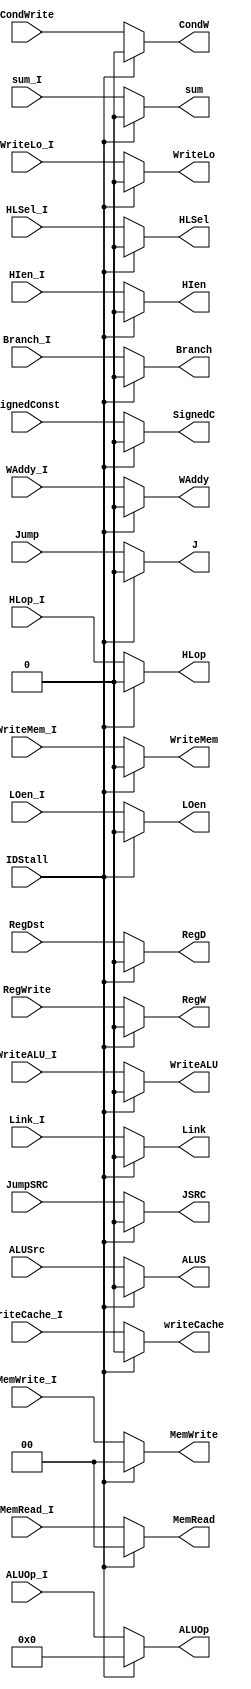
`timescale 1ns / 1ps
//////////////////////////////////////////////////////////////////////////////////
//////////////////////////////////////////////////////////////////////////////////

module StallingMux(IDStall, RegWrite, CondWrite, SignedConst, RegDst, Link_I, ALUSrc, ALUOp_I, JumpSRC, Jump, Branch_I, MemWrite_I, MemRead_I, HLop_I
                    , HLSel_I, WAddy_I, WriteLo_I, WriteMem_I, WriteALU_I, LOen_I, HIen_I, writeCache_I, sum_I
                    , RegW, CondW, SignedC, RegD, Link, ALUS, ALUOp, JSRC, J, Branch, MemWrite, MemRead, HLop, HLSel, WAddy, WriteLo, WriteMem
                    , WriteALU, LOen, HIen, writeCache, sum);
                    
    input IDStall, RegWrite, CondWrite, SignedConst, RegDst, Link_I, ALUSrc, JumpSRC, Jump, Branch_I, HLop_I, HLSel_I, WAddy_I, WriteLo_I, WriteMem_I
                  , WriteALU_I, LOen_I, HIen_I, writeCache_I, sum_I;
    input [1:0] MemWrite_I, MemRead_I;
    input [5:0] ALUOp_I;
    
    output reg RegW, CondW, SignedC, RegD, Link, ALUS, JSRC, J, Branch, HLop, HLSel, WAddy, WriteLo, WriteMem, WriteALU, LOen, HIen, writeCache, sum;
    output reg [1:0] MemWrite, MemRead;
    output reg [5:0] ALUOp;
    
    always @ (*) begin
        if(IDStall == 1) begin
            RegW <= 0;
            CondW <= 0;
            SignedC <= 0;
            RegD <= 0;
            Link <= 0;
            ALUS <= 0;
            JSRC <= 0;
            J <= 0;
            Branch <= 0;
            HLop <= 0;
            HLSel <= 0;
            WAddy <= 0;
            WriteLo <= 0;
            WriteMem <= 0;
            WriteALU <= 0;
            LOen <= 0;
            HIen <= 0;
            MemWrite <= 0;
            MemRead <= 0;
            ALUOp <= 0;
            writeCache <= 0;
            sum <= 0;
        end
        else begin
            RegW <= RegWrite;
            CondW <= CondWrite;
            SignedC <= SignedConst;
            RegD <= RegDst;
            Link <= Link_I;
            ALUS <= ALUSrc;
            JSRC <= JumpSRC;
            J <= Jump;
            Branch <= Branch_I;
            HLop <= HLop_I;
            HLSel <= HLSel_I;
            WAddy <= WAddy_I;
            WriteLo <= WriteLo_I;
            WriteMem <= WriteMem_I;
            WriteALU <= WriteALU_I;
            LOen <= LOen_I;
            HIen <= HIen_I;
            MemWrite <= MemWrite_I;
            MemRead <= MemRead_I;
            ALUOp <= ALUOp_I;
            writeCache <= writeCache_I;
            sum <= sum_I;
        end
    end
endmodule